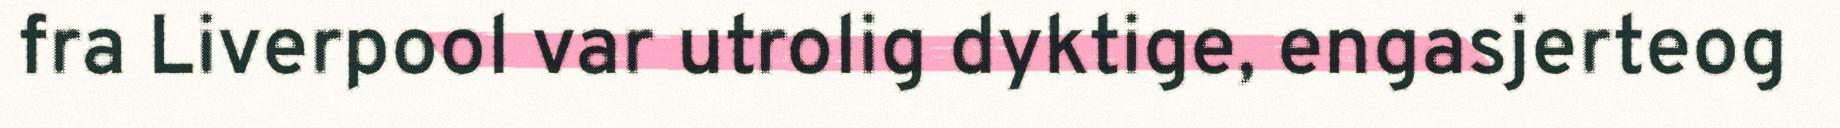
fra Liverpool var utrolig dyktige, engasjerteog